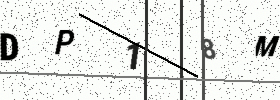
Text: DP18M